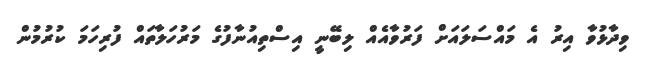
ވިދާޅުވާ އިރު އެ މައްސަލައަށް ފަރުވާއެއް ލިބޭނީ އިސްތިއުނާފުގެ މަރުހަލާތައް ފުރިހަމަ ކުރުމުން